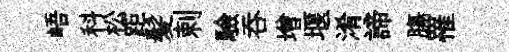
峿科松距髪剌驗吞增堰淆諦膓罹